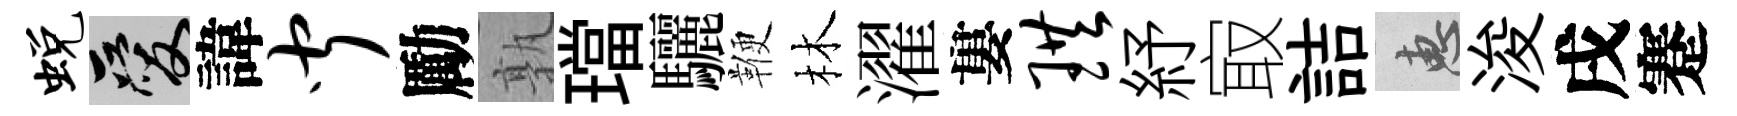
蜕爱諱闻勵孰璫驪鞭林濯婁珙紓㝡詰惠浚戌蹇